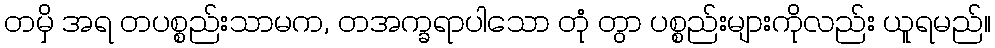
တမှိ အရ တပစ္စည်းသာမက, တအက္ခရာပါသော တုံ တွာ ပစ္စည်းများကိုလည်း ယူရမည်။